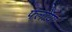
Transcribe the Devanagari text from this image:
फ्लोया